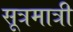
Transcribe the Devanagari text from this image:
सूत्रमात्री